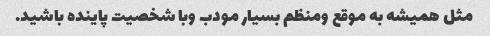
مثل همیشه به موقع ومنظم بسیار مودب وبا شخصیت پاینده باشید.